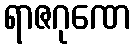
ရာဇဂုဏေ